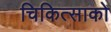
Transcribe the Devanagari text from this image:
चिकित्‍साको